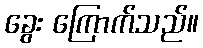
ခွေး ကြောက်သည်။